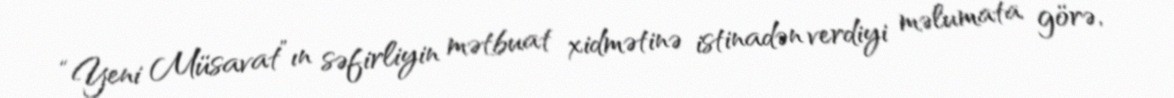
“Yeni Müsavat”ın səfirliyin mətbuat xidmətinə istinadən verdiyi məlumata görə,